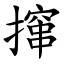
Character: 撺